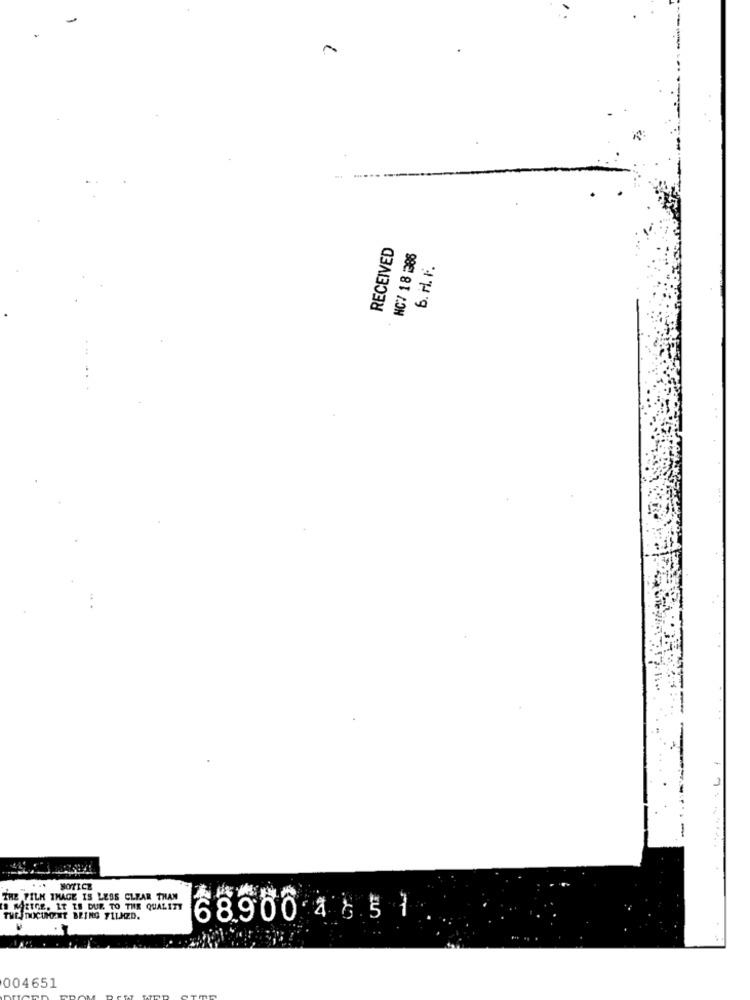
RECEIVED
NC/ 18 :386
6. H. F.
-
NOTICE
THE FILM IMAGE IS LESS CLEAR THAN
IS METGE. IT IS DUE TO THE QUALITY
THE DOCUMENT BEING FILAZD.
68.900 4 65 1
..
004651